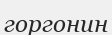
горгонин